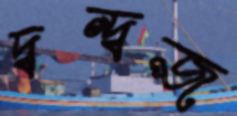
দ্বন্দ্বজ